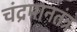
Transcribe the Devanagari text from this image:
चंद्रमानतंत्र